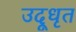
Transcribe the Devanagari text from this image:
उदूधृत